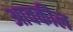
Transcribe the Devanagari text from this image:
आवकील